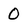
Character: 0